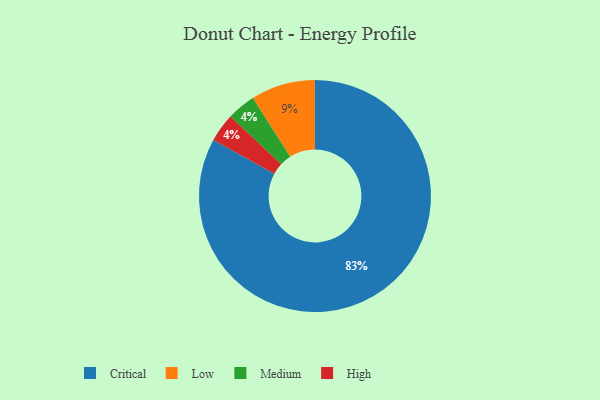
{"axis": {"x": "Category", "y": "Percentage"}, "legend": ["Critical", "High", "Low", "Medium"], "data": [{"x": "Medium", "y": 4, "type": "Medium"}, {"x": "High", "y": 4, "type": "High"}, {"x": "Low", "y": 9, "type": "Low"}, {"x": "Critical", "y": 83, "type": "Critical"}]}